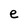
Character: e